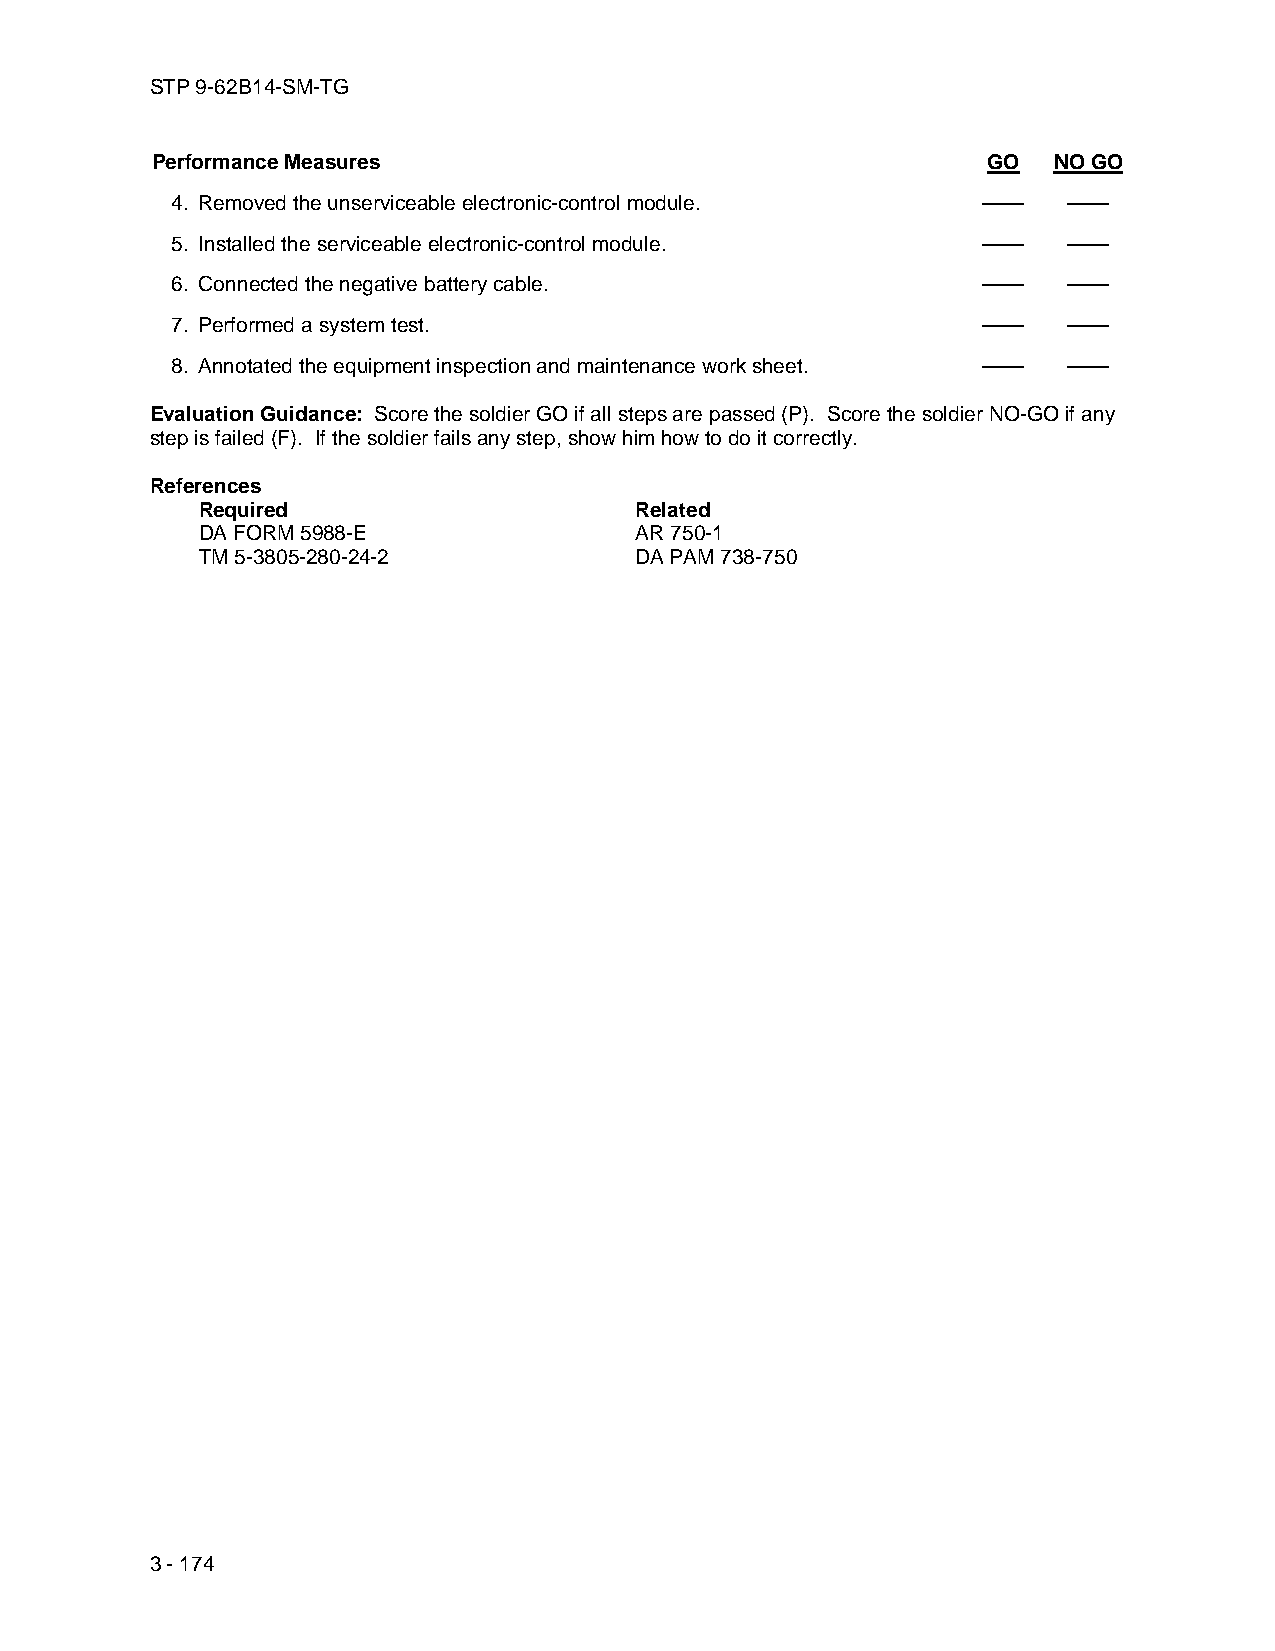
STP 9-62B14-SM-TG
 Performance Measures                                   GO   NO GO
 4. Removed the unserviceable electronic-control module. ——  ——
 5. Installed the serviceable electronic-control module. ——  ——
 6. Connected the negative battery cable.              ——    ——
 7. Performed a system test.                           ——    ——
 8. Annotated the equipment inspection and maintenance work sheet. —— ——
 Evaluation Guidance: Score the soldier GO if all steps are passed (P). Score the soldier NO-GO if any
 step is failed (F). If the soldier fails any step, show him how to do it correctly.
 References
 Required                     Related
 DA FORM 5988-E               AR 750-1
 TM 5-3805-280-24-2           DA PAM 738-750
 3 - 174